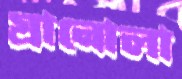
গ্রানোলা